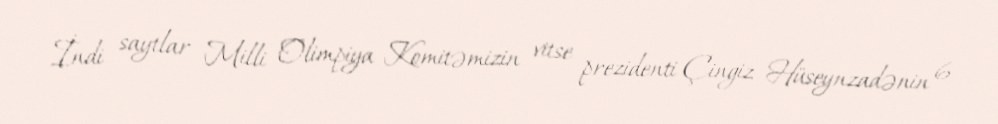
İndi saytlar Milli Olimpiya Komitəmizin vitse prezidenti Çingiz Hüseynzadənin 6